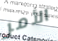
الأمر